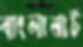
বাংলানাট